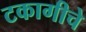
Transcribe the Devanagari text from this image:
टकागीचे